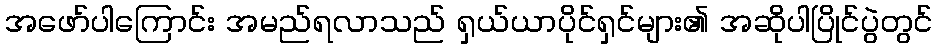
အဖော်ပါကြောင်း အမည်ရလာသည် ရှယ်ယာပိုင်ရှင်များ၏ အဆိုပါပြိုင်ပွဲတွင်